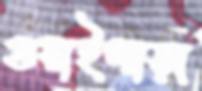
গুয়াইপাড়া